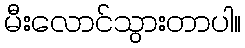
မီးလောင်သွားတာပါ။